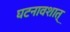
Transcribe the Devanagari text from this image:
घटनावशात्